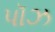
પૉઝ